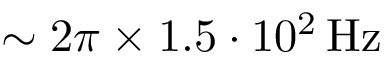
\sim 2 \pi \times 1 . 5 \cdot 1 0 ^ { 2 } \, \mathrm { H z }